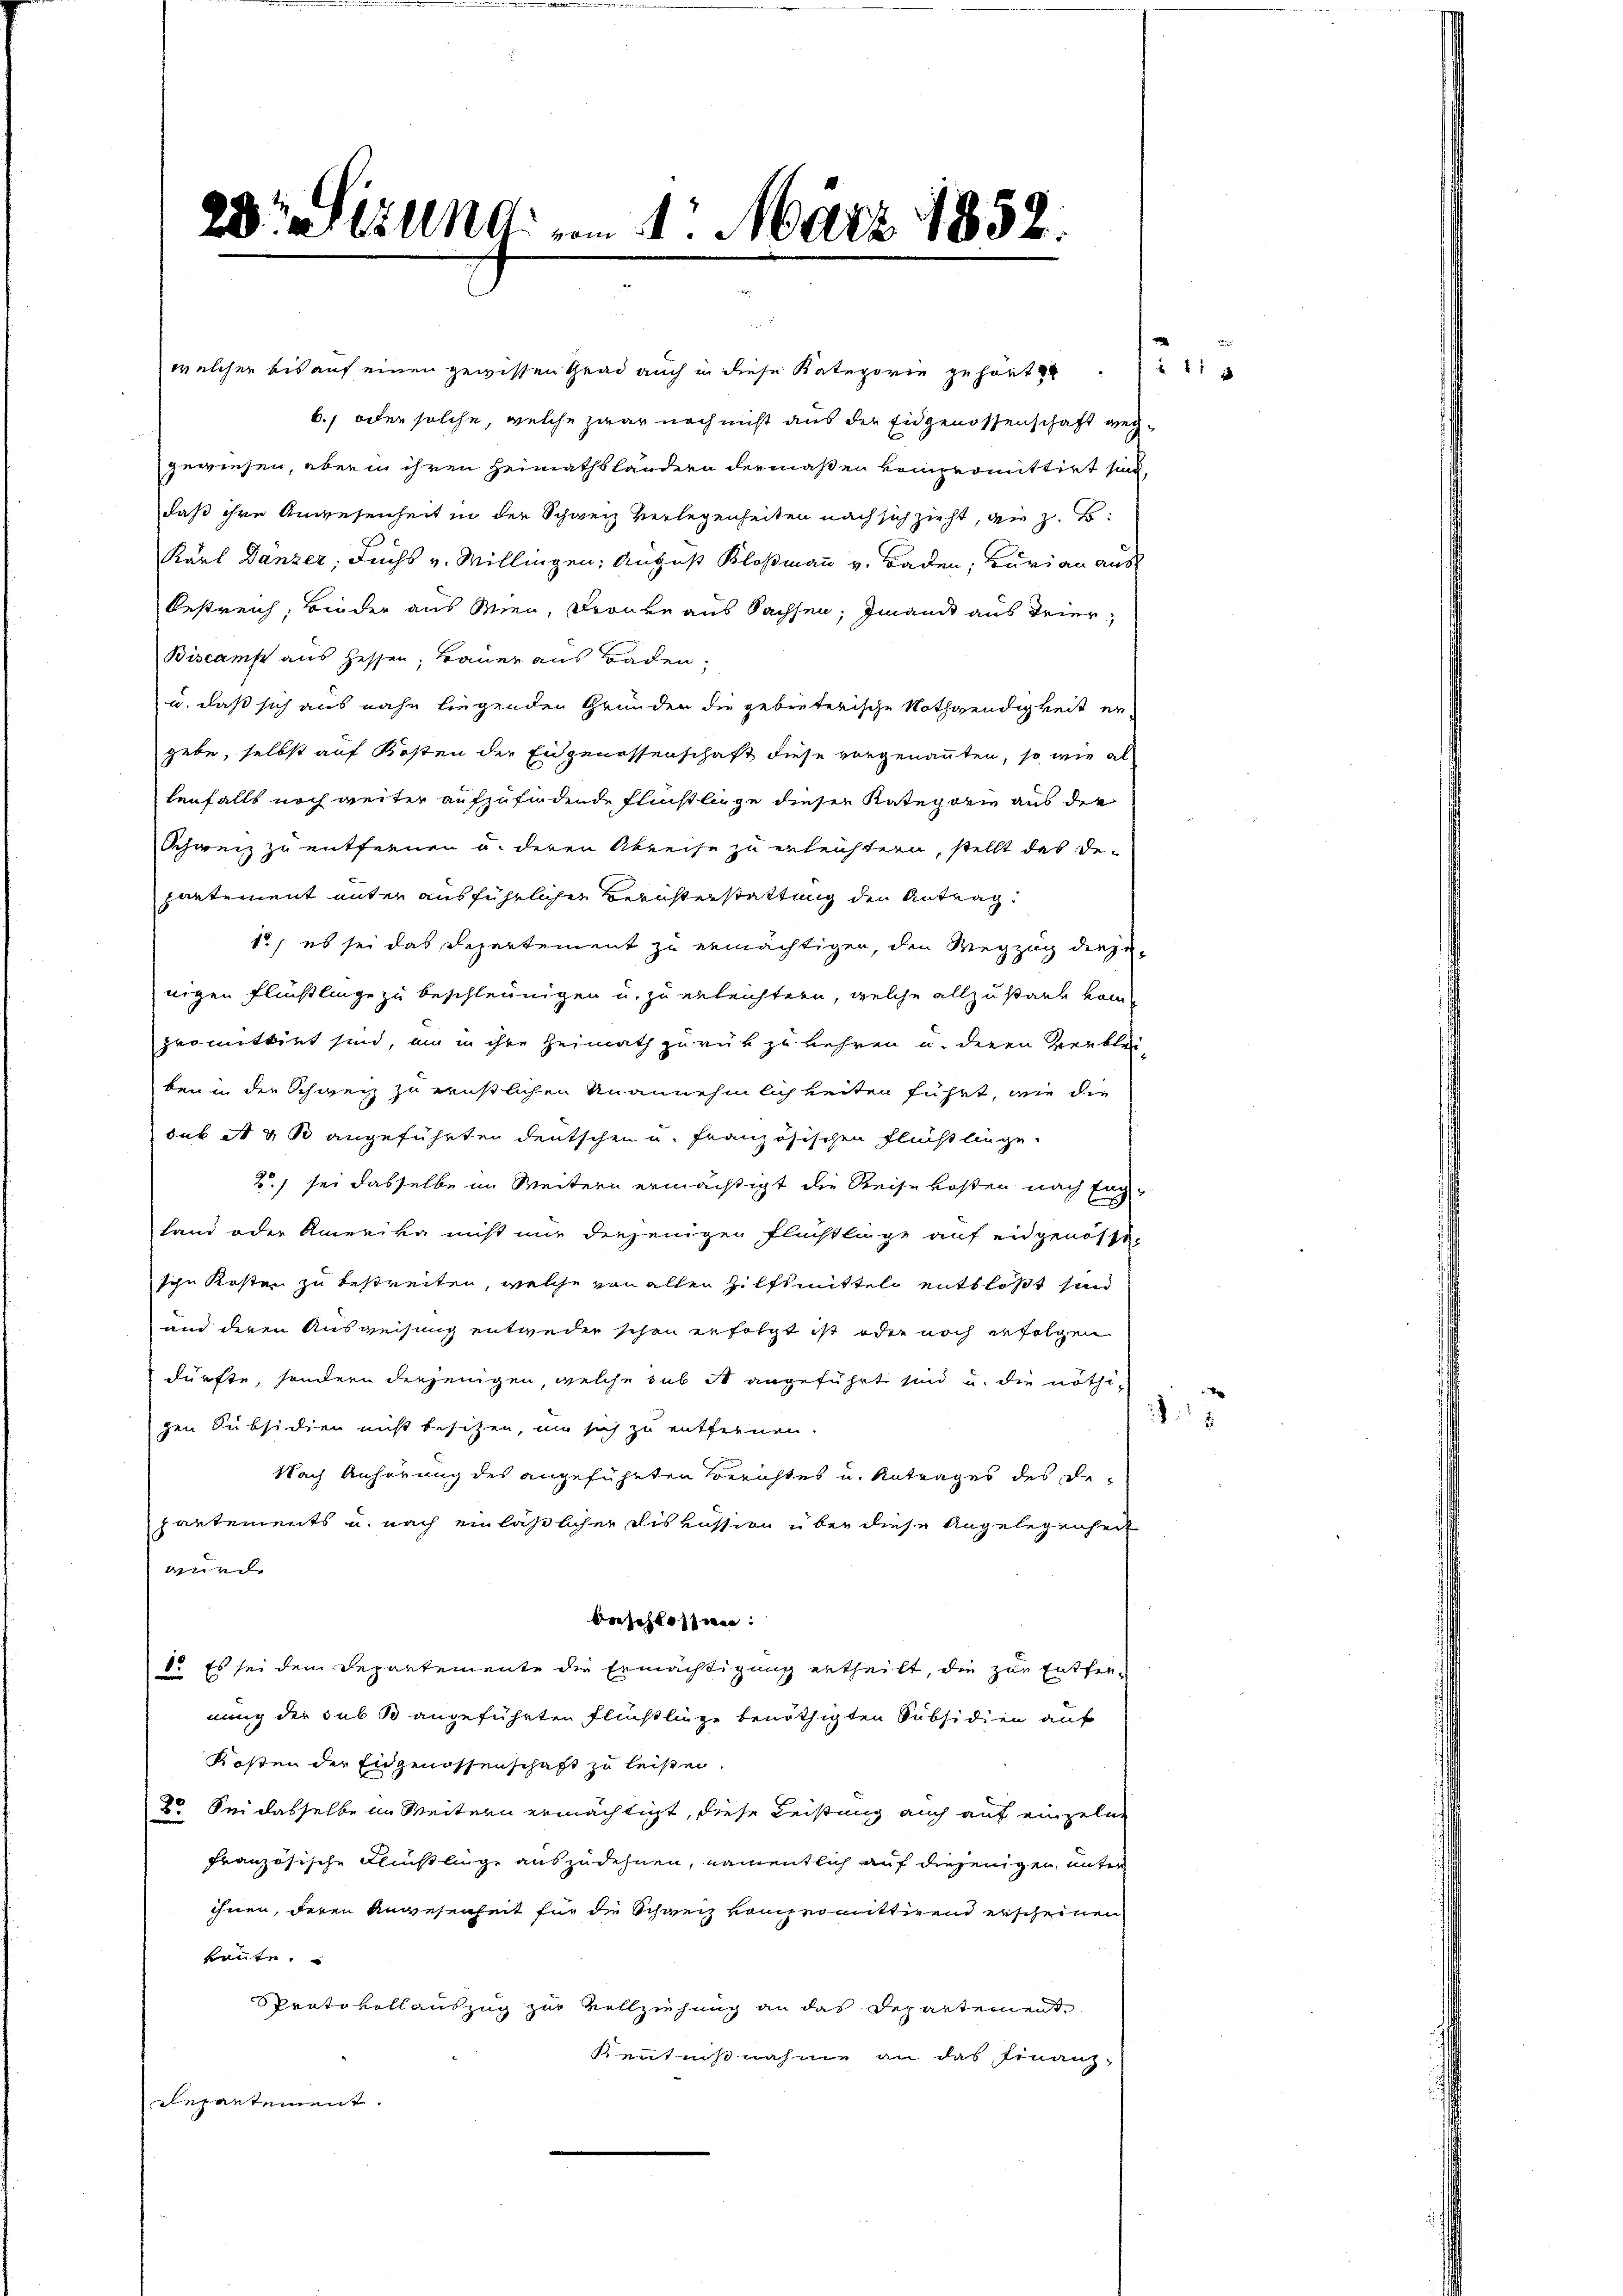
28. Sizung am 4. März 1852.

welcher bis auf einen gewissen Grad auch in diese Kategorie gehört
b., oder solche, welche zwar noch nicht aus der Eidgenossenschaft weg
gewiesen, aber in ihren Heimathsländern dermaßen kompromittirt sind,
daß ihre Angesenheit in der Schweiz verlegenheiten nach sich zieht, den z. B.
Karl Danzer, Fuchs v. Millingen; August Kloßmann v. Baden, Buri an aus
Oestreich, Bieder aus Wien, Franke aus Sachsen; manck aus Trier¬
Biscamp aus Hessen, Bauer aus Baden,
u. daß sich aus nahe liegenden Gründen die gebieterische Nothwendigkeit ergebe, selbst auf Kosten der Eidgenossenschaft diese vorgenannten, so wie als
tenfalls noch weiter aufzufindende Flüchtliege dieser Kategorie aus die
Schweiz zu entfernen u. deren Abreise zu erleichtern, stellt das De-
partement unter ausführlichen Berüsterstattung den Antrag
12, es sei das Departement zu ermächtigen, den Wegzug diese-
nigen Flüchtlinge zu beschleunigen u. zu erleichtern, welche allzustark vom
promittirt sind, um in ihre Heimath zurückzukehren u. deren Verblei
ben in der Schweiz zu ernstlichen Unannehmlichkeiten führt, wie die
sub A & B angeführten deutschen u. französischen Flucht liege
2) sei dasselbe im Weitern ermächtigt die Reise kosten nach Eng¬
Land oder Amerika nicht nur diejenigen Flüchtlage auf eingenosse-
sche Kosten zu bestreiten, welche von allen Hilfsmittel entblößt sind
und deren Ausweisung entweder schon erfolgt ist oder noch erfolgen
dürfte, sondern derjenigen, welche das ist angeführt sind u. die nöthizen Subsidien nicht besitzen, um sich zu entfernen.
Nach Anhörung des angeführten Berichtes u. Antrages des Departements u. nach einläßlicher Diskussion über diese Angelegenheit
wurde
Baselbe we
1. Es sei dem Departemente die Ermächtigung ertheilt, die zur Entfernung der sub 3 angeführten Flüchtlinge benöthigten Subsidien auf
Kosten der Eidgenossenschaft zu leisen.
8. Sei dasselbe im Weitern ermächtigt, diese Leistung auch auf einzelne
französische Flußlinge auszudehnen, namentlich auf diejenigen unter
ihnen, deren Anwesenheit für die Schweiz vompromittirend erscheinen
kannte.
Sprato vollauszug zur Vollziehung an das Departement
Kentnißnahme an das Finanz-
Repartement.

4 f 2

7

.